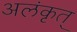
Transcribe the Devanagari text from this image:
अलंकृत्‌